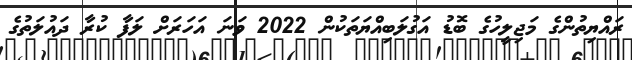
ރައްޔިތުންގެ މަޖިލީހުގެ ބޮޑު އަގުލަބިއްޔަތަކުން 2022 ވަނަ އަހަރަށް ލަފާ ކުރާ ދައުުލަތުގެ